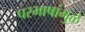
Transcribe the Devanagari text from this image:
परभाषांमुळे